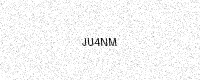
Text: JU4NM